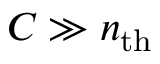
C \gg n _ { \mathrm { t h } }